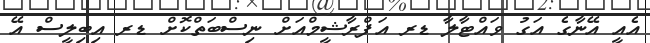
އެއީ އޭނާގެ އަގު ވައްޓާލާ ޑރ އަފްރާޝީމްއަށް ނިސްބަތްކޮށް ޑރ އިބިލީސް އޭ